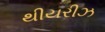
થીયરીઝ